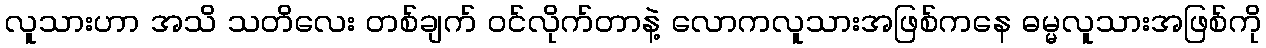
လူသားဟာ အသိ သတိလေး တစ်ချက် ဝင်လိုက်တာနဲ့ လောကလူသားအဖြစ်ကနေ ဓမ္မလူသားအဖြစ်ကို